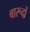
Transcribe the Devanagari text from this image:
बारूदों